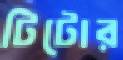
টিটোর